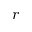
r